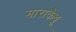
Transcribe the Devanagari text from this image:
माराकैबू